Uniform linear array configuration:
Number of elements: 4
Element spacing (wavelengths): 0.25
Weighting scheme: binomial
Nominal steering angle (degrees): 45
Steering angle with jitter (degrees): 45.471
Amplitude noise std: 0.05
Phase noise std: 0.05

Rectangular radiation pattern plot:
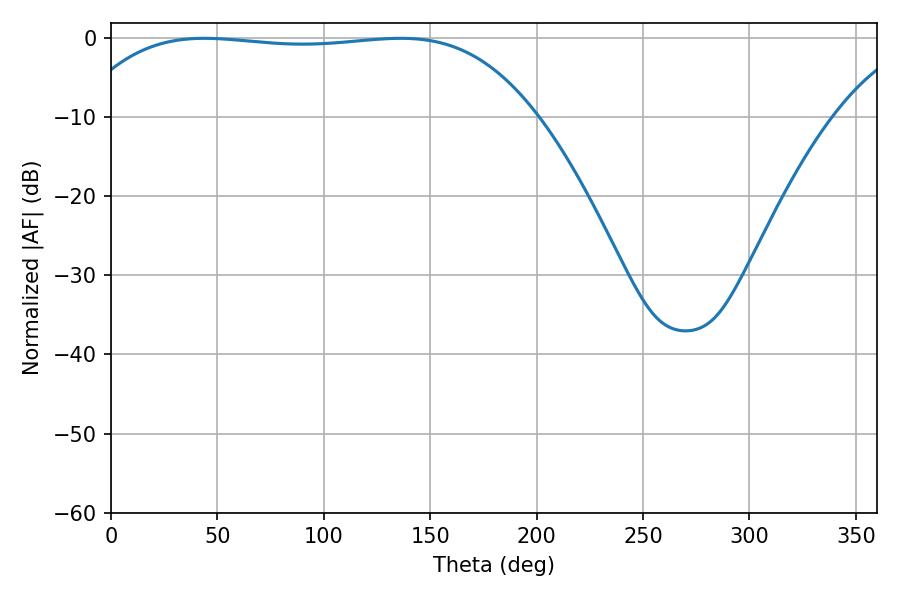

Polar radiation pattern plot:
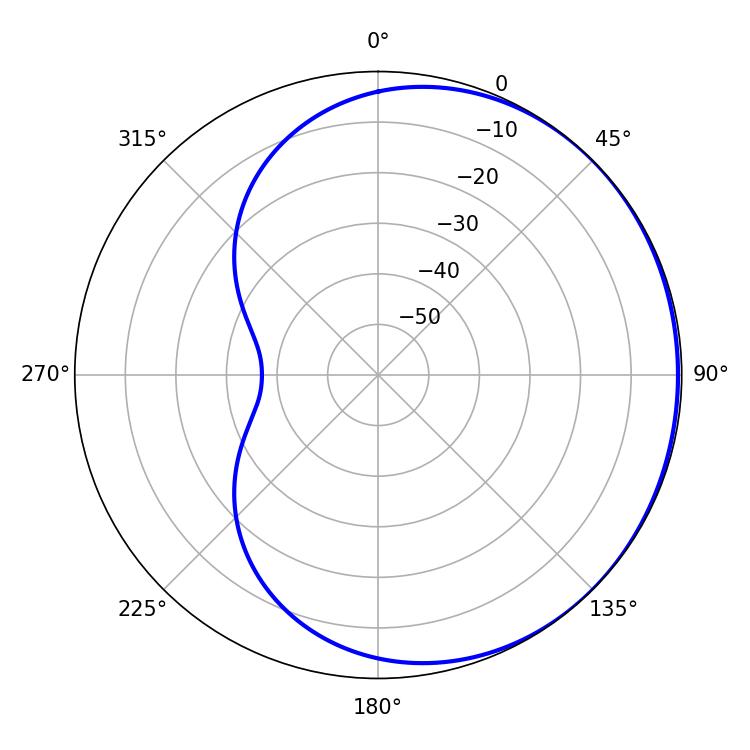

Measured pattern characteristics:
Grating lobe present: FALSE
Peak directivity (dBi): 0.5422
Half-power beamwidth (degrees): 169.92
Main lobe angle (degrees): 43.92